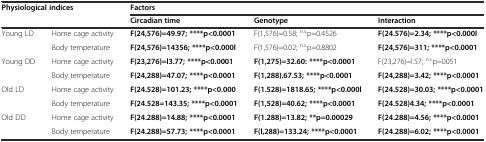
| <ROWSPAN=2-COLSPAN=2> Physiological indices | <COLSPAN=3> Factors |
 | Circadian time | Genotype | Interaction |
 | --- | --- | --- | --- | --- |
 | <ROWSPAN=2> Young LD | Home cage activity | F(24,576)=49.97; ****p<0.0001 | F(1,576)=0.58; n.s.p=0.4526 | F(24.576)=2.34; ****p<0.000l |
 | Body temperature | F(24,576)=14356; ****p<0.000l | F(1,576)=0.02; n.s.p=0.8802 | F(24,576)=311; ****p<0.0001 |
 | <ROWSPAN=2> Young DD | Home cage activity | F(23,276)=l3.77; ****p<0.0001 | F(1,275)=32.60: ****p<0.0001 | F(23,276)=l.57; n.s.p=0051 |
 | Body temperature | F(24,288)=47.07; ****p<0.0001 | F(1,288).67.53; ****p<0.0001 | F(24,288)=3.42; ****p<0.0001 |
 | <ROWSPAN=2> Old LD | Home cage activity | F(24.528)=101.23; ****p<0.000 | F(1.528)=1818.65; ****p<0.000l | F(24.528)=30.03; ****p<0.0001 |
 | Body temperature | F(24.528=143.35; ****p<0.0001 | F(1,528)=40.62; ****p<0.0001 | F(24.528)4.34; ****p<0.0001 |
 | <ROWSPAN=2> Old DD | Home cage activity | F(24.288)=14.88; ****p<0.0001 | F(1.288)=13.82; **p=0.00029 | F(24.288)=4.56; ****p<0.0001 |
 | Body temperature | F(24.288)=57.73; ****p<0.0001 | F(l,288)=133.24; ****p<0.0001 | F(24.288)=6.02; ****p<0.0001 |